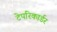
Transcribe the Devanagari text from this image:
टेपरिकार्डर